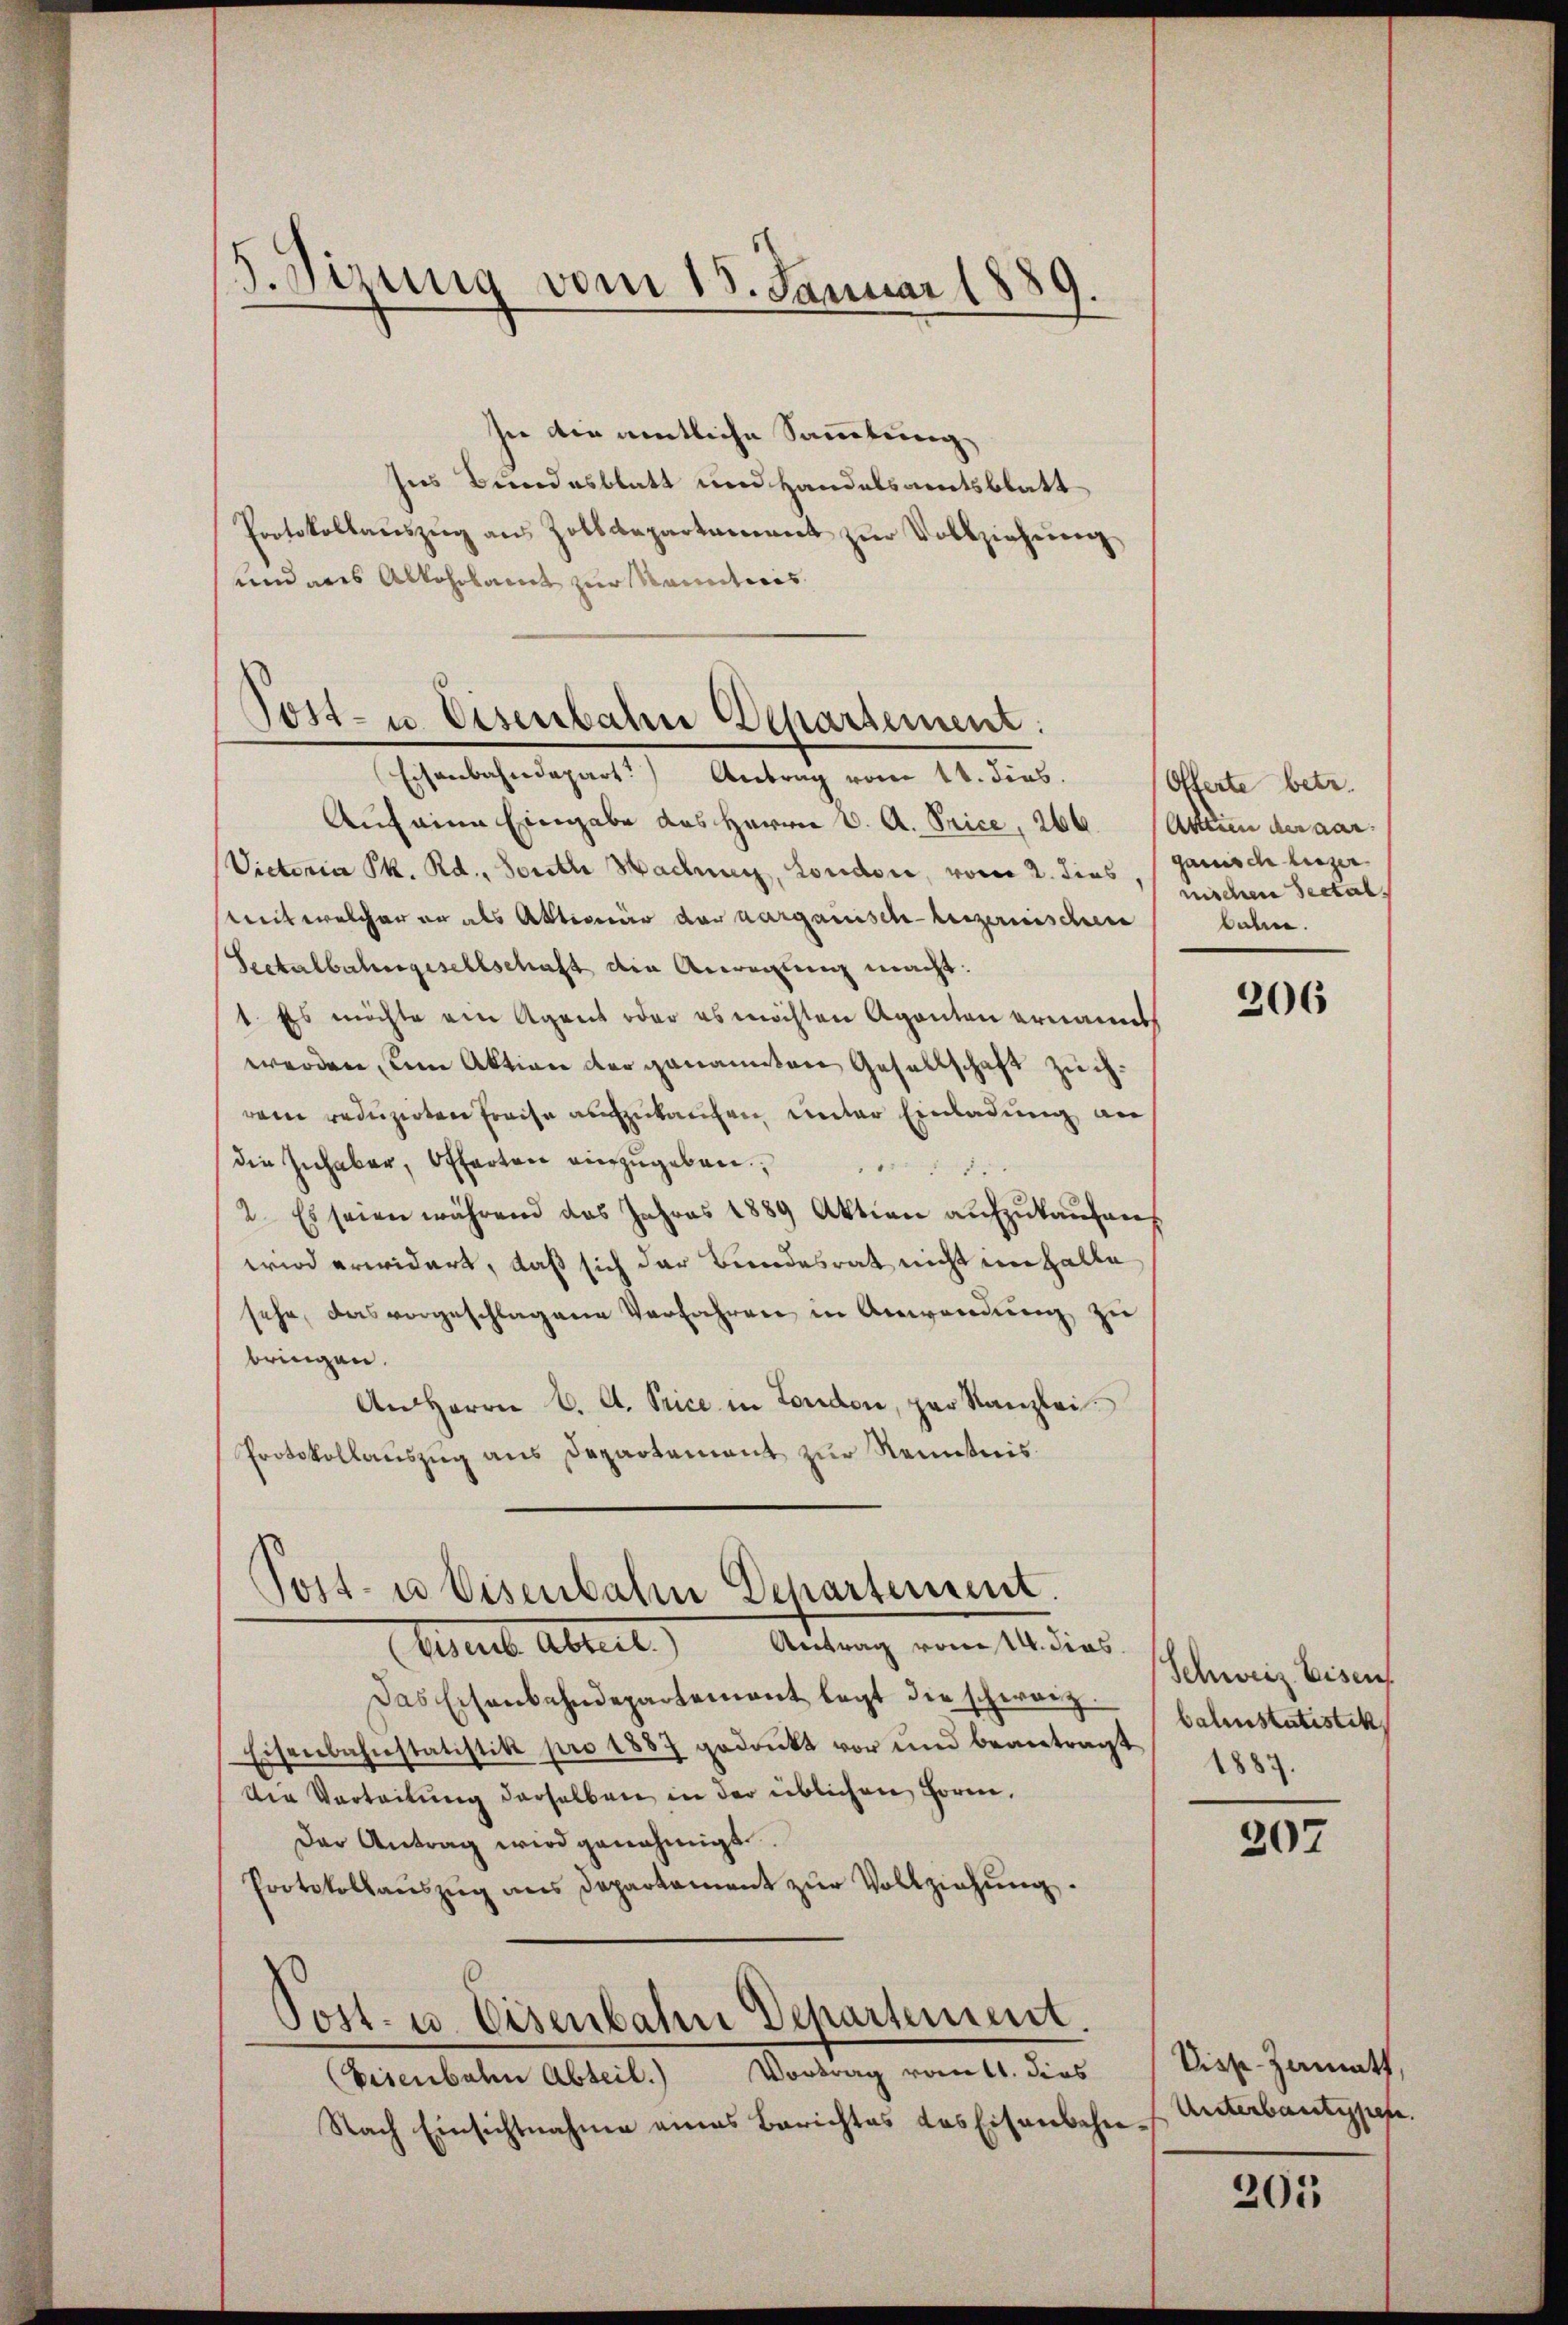
J. Sizung vom 15. Januar 188
4
.
e

sie die amtliche Sammlung
ses Bundesblatt und Handelsamtsblatt
Protokollauszug aus Zolldepartament zur Vollziehung
und aus Alkoholamt zur Manntweis

Post- u. Eisenbahn Departement:
Eisenbahndepart.) Antrag vom 11. dies

Auf eine Eingabe des Herrn V. A. Price, 266. (Actum der aar¬
Victoria Pk. Rd., Sonsthe Hachnen, Londone, vom 2. dies, ganisch Luzer
mit welcher er als Aktionär der aargauisch-heizernischen
Sectalbahngesellschaft ain Anweiung macht:
1. Es möchte ein Agent oder es möchten Agenten ernannt
werden, um Aktion der genannten Gesellschaft zuchrem reduzirten Preise aufzukaufen unter Einladung an
die Inhaber, Offerten einzugeben.
2. Es seien während das Jahres 1889 Aktion aŭfzŭkaŭfen
wird erwidert, daß sich der Bundesrat nicht im Halle
sehe, das vorgeschlagene Verfahren in Anwendŭng zu
bringen.
An Herrn C. A. Price in London, par Kanzlei
Protokollauszug aus Departement zur Renntnis

Post- u Eisenbahn Dchartement.

Antrag vom 14. dies
Muete Abreit
Das Eisenbahndepartement legt die schwarz.
Eisenbahnstatistik pro 1887 gedankt vor und beantragt
Die Verteilung derselben in der üblichen Form,
Der Antrag wird genehmigt.
Protokollauszug aus Departament zur Vollziehung.
Post- u. Eisenbahn Departement.
Eisenbahn Abteil. Vortrag ratt. dies
Nach Einsichtnahme eines Berichtes das Eisenbahn¬

Offerte betr.
nischen Seetal.
bahne.

206

Schweiz. Eisen
bahnstatistik
1887.

207

Visp. Zumatt,
Unterbantypen.

201